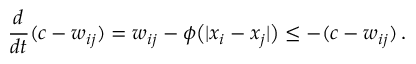
\frac { d } { d t } ( c - w _ { i j } ) = w _ { i j } - \phi \big ( | x _ { i } - x _ { j } | \big ) \leq - ( c - w _ { i j } ) \, .